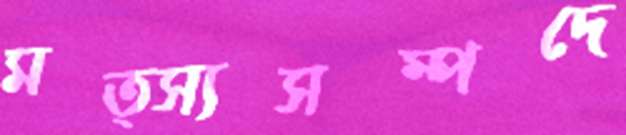
মত্স্যসম্পদে